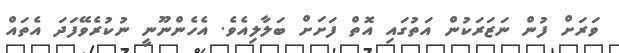
ވަރަށް ފުން ނަޒަރަކުން އަތުގައި އޮތް ފަށަށް ބަލާލިއެވެ. އެހެންނޫނީ ނުކުރެވޭފަދަ އެތައް